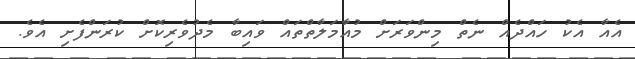
އެއާ އެކު ހައްދެއް ނެތް މިންވަރަށް މުއާމަލާތްތައް ވައިބާ މެދުވެރިކޮށް ކުރަންފެށި އެވެ.